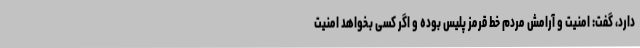
دارد، گفت: امنیت و آرامش مردم خط قرمز پلیس بوده و اگر کسی بخواهد امنیت